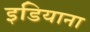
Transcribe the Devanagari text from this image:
इडियाना